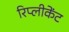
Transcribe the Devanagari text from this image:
रिप्लीकेंट